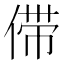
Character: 𰂗